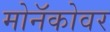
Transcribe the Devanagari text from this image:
मोनॅकोवर